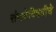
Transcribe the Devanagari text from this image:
संसदेविषयीचे